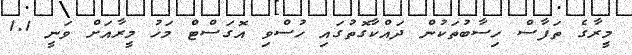
މީރާގެ ތަފާސް ހިސާބުތަކުން ދައްކާގޮތުގައި ހުސްވި އޮގަސްޓް މަހު މީރާއަށް ވަނީ 1.1